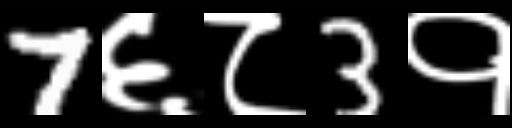
Text: 7६८3१